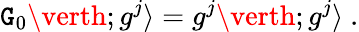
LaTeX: \mathtt{G}_{0}\verth;g^{j}\rangle=g^{j}\verth;g^{j}\rangle{}~.